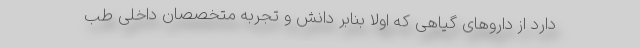
دارد از داروهای گیاهی که اولاً بنابر دانش و تجربه متخصصان داخلی طب